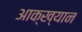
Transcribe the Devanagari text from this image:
आक्ख्यान